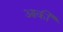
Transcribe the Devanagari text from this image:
आर्की